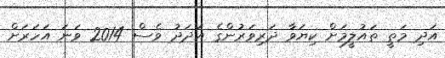
އަދި މަތީ ތައުލީމަށް ކިޔަވާ ދަރިވަރުންގެ އަދަދު ވެސް 2014 ވަނަ އަހަަރަށް